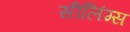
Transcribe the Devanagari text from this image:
सीलिंग्स